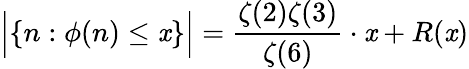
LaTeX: {\Big\vert}\{ n:\phi(n)\leq\mathit{x}\} {\Big\vert}={\frac{{\zeta(2)\zeta(3)}}{{\zeta(6)}}}\cdot\mathit{x}+R(\mathit{x})